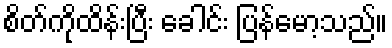
စိတ်ကိုထိန်းပြီး ခေါင်း ပြန်မော့သည်။